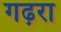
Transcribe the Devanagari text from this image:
गढ़रा